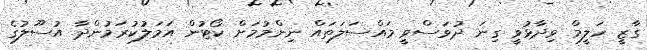
ގާޒީ ހަލީމް ވިދާޅުވީ ގިނަ ދުވަސްވީ މައްސަލަތައް ނިންމުމަށް ކޯޓުން އަމަލުކުރަމުންދާ އުސޫލުގެ